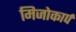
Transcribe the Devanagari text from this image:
मिजोकार्प